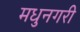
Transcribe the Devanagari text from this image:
मधुनगरी